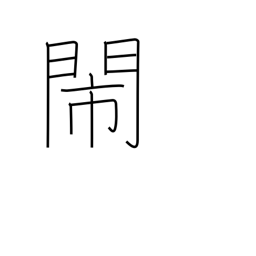
Meaning: noisy